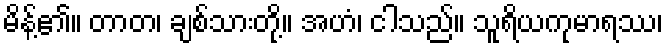
မိန့်၏။ တာတ၊ ချစ်သားတို့။ အဟံ၊ ငါသည်။ သူရိယကုမာရဿ၊